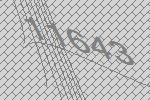
11643